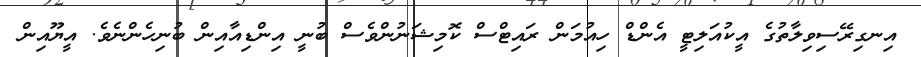
އިނގިރޭސިވިލާތުގެ އީކުއަލިޓީ އެންޑް ހިއުމަން ރައިޓްސް ކޮމިޝަނުންވެސް ބުނީ އިންޑިއާއިން ބުނިހެންނެވެ. އީޔޫއިން